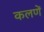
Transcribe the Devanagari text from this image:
कलणें